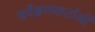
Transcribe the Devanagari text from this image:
सर्वेक्षणकर्ताओं